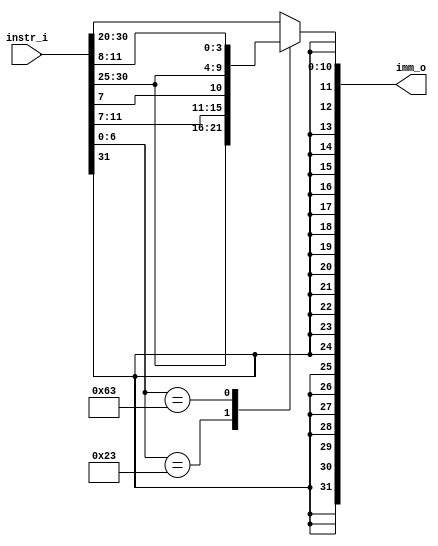
module Imm_Gen
(
    instr_i,
    imm_o
);

input [31:0] instr_i;
output [31:0] imm_o;

reg [31:0] imm_o;

always @(*) begin
    case (instr_i[6:0]) // opcode
        7'b0100011: imm_o = {{20{instr_i[31]}}, instr_i[31:25], instr_i[11:7]}; // sw
        7'b1100011: imm_o = {{20{instr_i[31]}}, instr_i[31], instr_i[7], instr_i[30:25], instr_i[11:8]}; // beq
        default: imm_o = {{20{instr_i[31]}}, instr_i[31:20]};
    endcase

end

endmodule